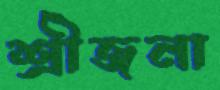
শ্রীজনা